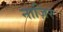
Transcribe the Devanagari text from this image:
नाज़िर